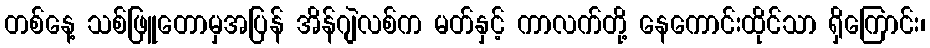
တစ်နေ့ သစ်ဖြူတောမှအပြန် အိန်ဂျဲလစ်က မတ်နှင့် ကာလက်တို့ နေကောင်းထိုင်သာ ရှိကြောင်း၊